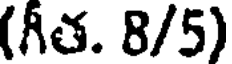
(గత. 8/5)